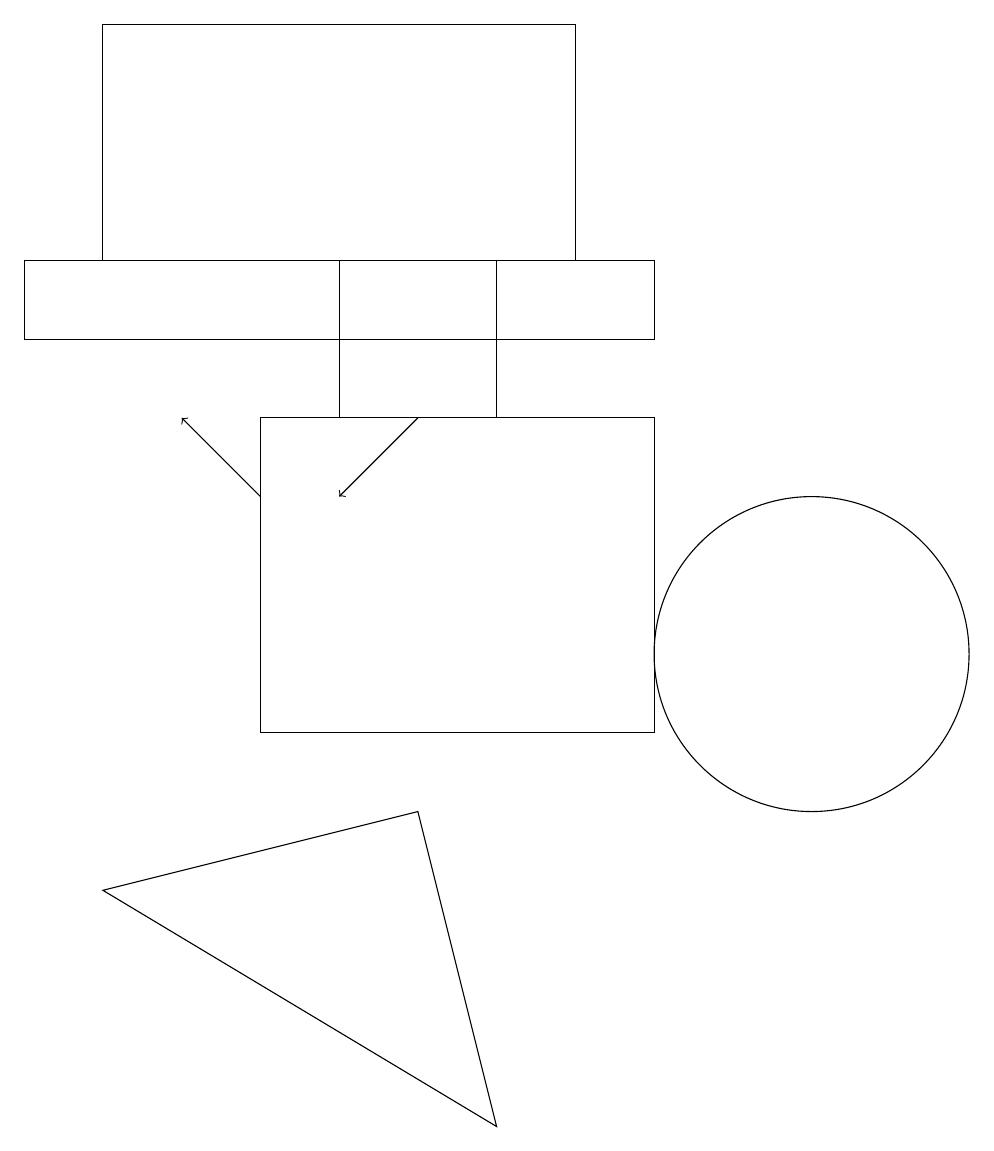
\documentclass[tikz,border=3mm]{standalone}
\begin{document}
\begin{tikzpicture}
\draw (1,8) -- (5,9) -- (6,5) -- cycle;
\draw (10,11) circle (2);
\draw (0,15) rectangle (8,16);
\draw[->] (3,13) -- (2,14);
\draw[->] (5,14) -- (4,13);
\draw (3,10) rectangle (8,14);
\draw (7,16) rectangle (1,19);
\draw (4,16) rectangle (6,14);
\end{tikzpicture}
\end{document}